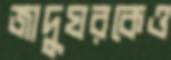
জাদুঘরকেও